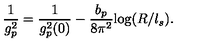
\frac { 1 } { g _ { p } ^ { 2 } } = \frac { 1 } { g _ { p } ^ { 2 } ( 0 ) } - \frac { b _ { p } } { 8 \pi ^ { 2 } } \mathrm { l o g } ( R / l _ { s } ) .